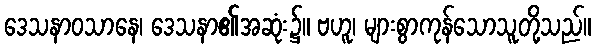
ဒေသနာဝသာနေ၊ ဒေသနာ၏အဆုံး၌။ ဗဟူ၊ များစွာကုန်သောသူတို့သည်။